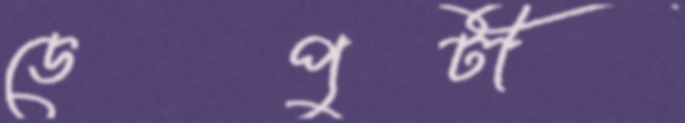
ডেপুটী